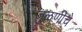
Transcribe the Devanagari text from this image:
जुळणीचे